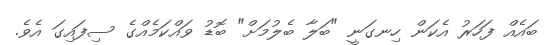
ބައެއް ފަހަރު އެކަން ހިނގަނީ "ބަލާ ބެލުމަށް" ބޮޑު ވައްކަމެއްގެ ސިފައިގަ އެވެ.